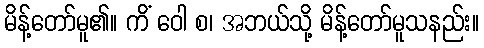
မိန့်တော်မူ၏။ ကိံ ဝေါ စ၊ အဘယ်သို့ မိန့်တော်မူသနည်း။